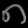
Digit: ၈